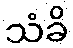
သံခိ